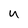
Character: u